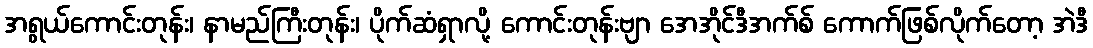
အရွယ်ကောင်းတုန်း၊ နာမည်ကြီးတုန်း၊ ပိုက်ဆံရှာလို့ ကောင်းတုန်းဗျာ အေအိုင်ဒီအက်စ် ကောက်ဖြစ်လိုက်တော့ အဲဒီ